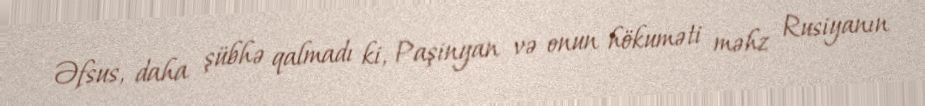
Əfsus, daha şübhə qalmadı ki, Paşinyan və onun hökuməti məhz Rusiyanın